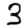
Digit: 3